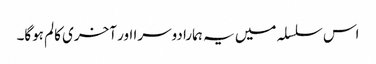
اس سلسلہ میں یہ ہمارا دوسرا اور آخری کالم ہوگا۔